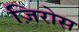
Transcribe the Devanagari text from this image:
ज़िरोस